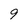
Character: 9